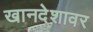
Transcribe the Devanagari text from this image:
खानदेशावर